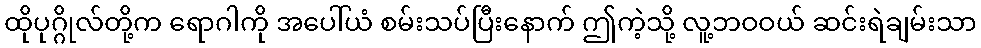
ထိုပုဂ္ဂိုလ်တို့က ရောဂါကို အပေါ်ယံ စမ်းသပ်ပြီးနောက် ဤကဲ့သို့ လူ့ဘဝဝယ် ဆင်းရဲချမ်းသာ